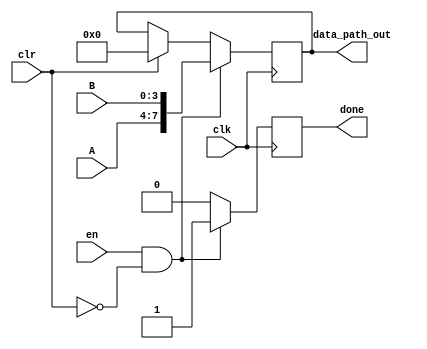
`timescale 1ns / 1ps
module data_path(
     input clk, en, clr, 
     input [3:0]A,B,
     output reg [7:0]data_path_out,
     output reg done 
    );
    
     always@(posedge clk)
     begin
        if(clr==1)begin
            data_path_out=8'b00000000;
            end
        if(en==1 & clr==0)begin
            data_path_out = {A, B};
            done=1;
            
            end 
                else done=0;
     end          
    
endmodule